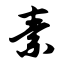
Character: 素